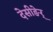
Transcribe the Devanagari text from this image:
देसीङेर्